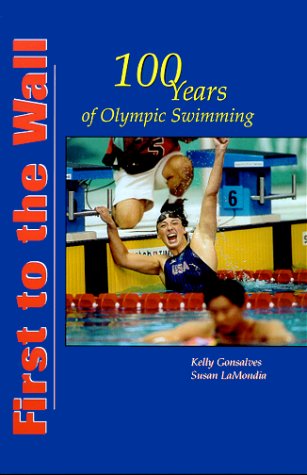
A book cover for First to the Wall, 100 Years of Olympic Swimming; Susan LaMondia; Sports & Outdoors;